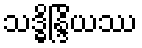
သဒ္ဓိန္ဒြိယဿ